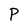
Character: P